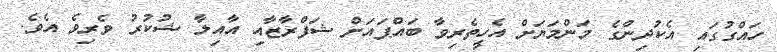
ހައްގުގައި އެކުދިންގެ މަންމަޔަށް އެހީތެރިވާ ބައްޕައަށް ޝަފްރާޒާއި އާއިލާ ޝުކުރު ވެރިވެ އެވެ.